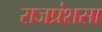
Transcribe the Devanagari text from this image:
राजप्रंशसा